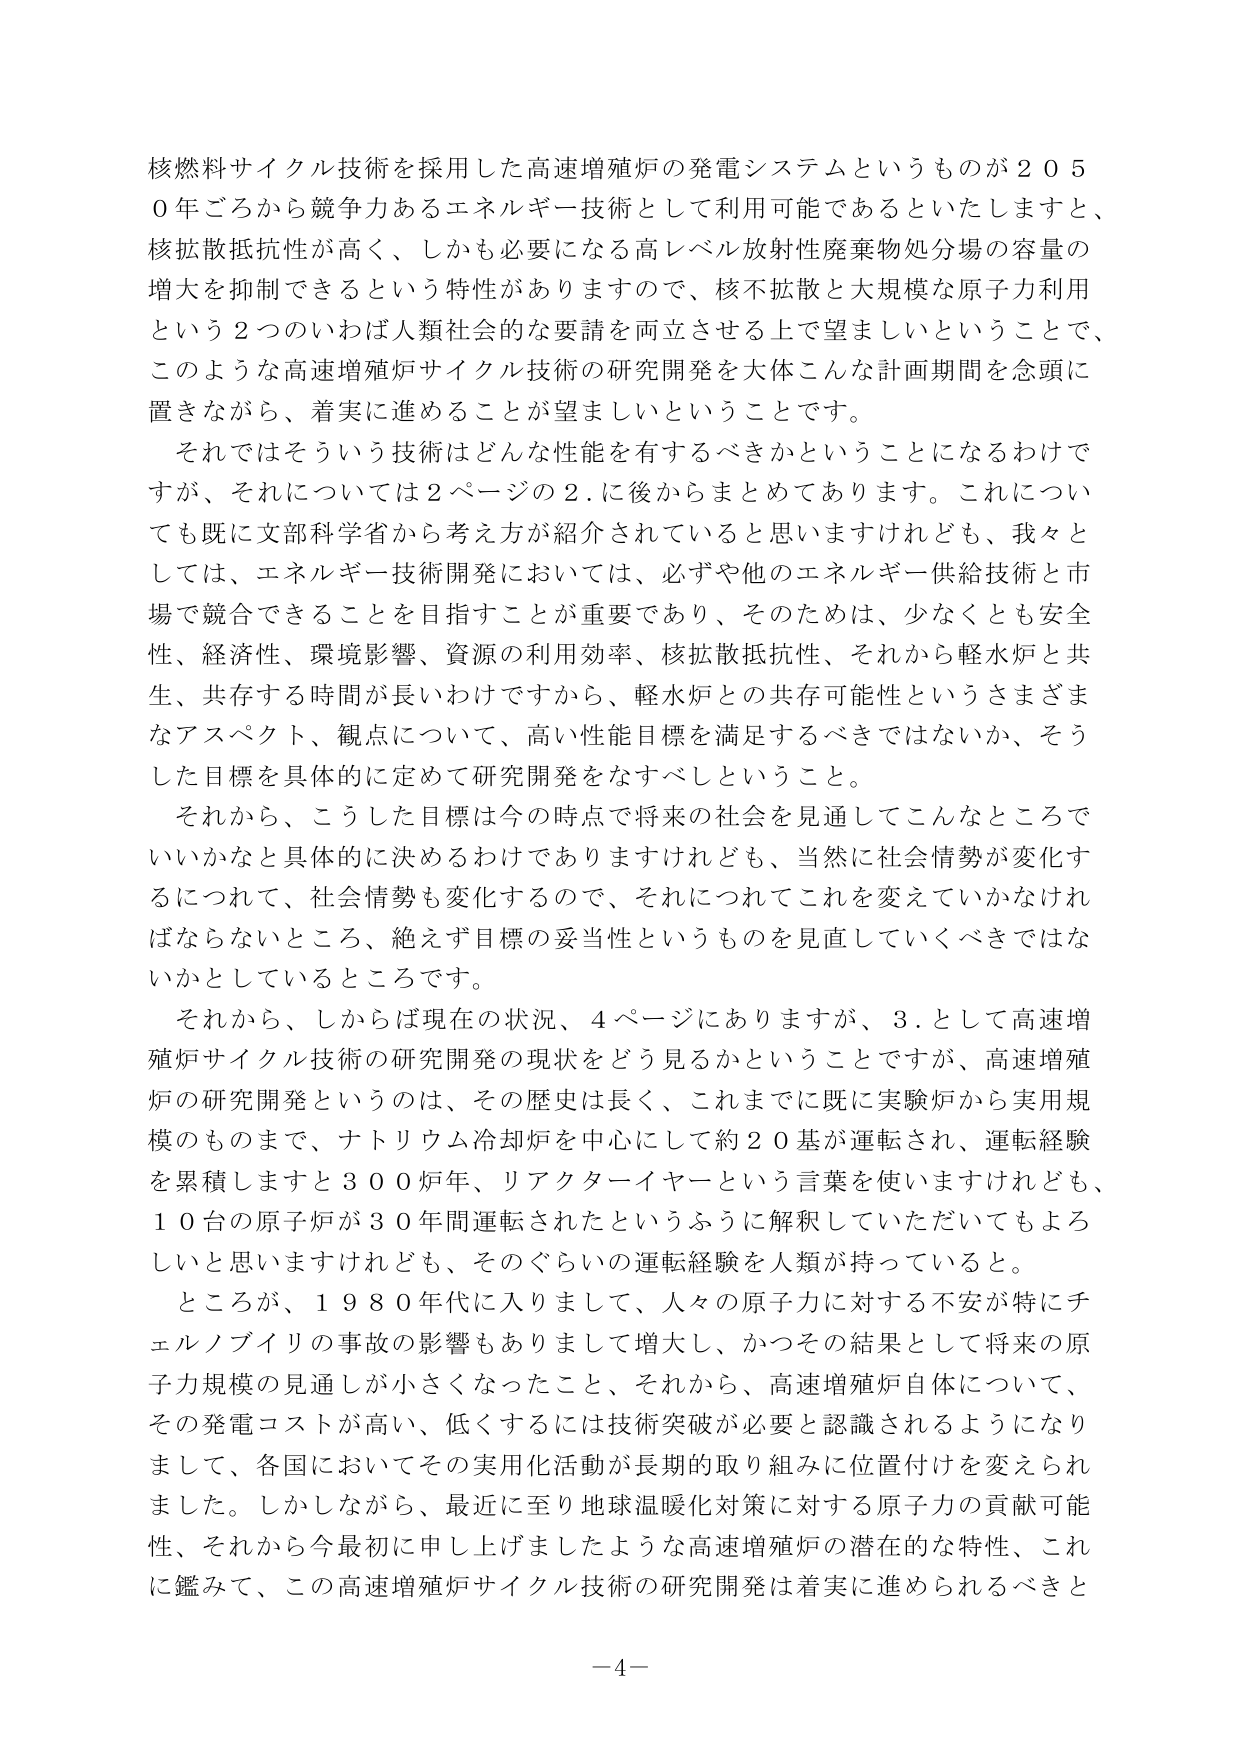
核燃料サイクル技術を採用した高速増殖炉の発電システムというものが２０５０年ごろから競争力あるエネルギー技術として利用可能であるといたしますと、核拡散抵抗性が高く、しかも必要になる高レベル放射性廃棄物処分場の容量の増大を抑制できるという特性がありますので、核不拡散と大規模な原子力利用という２つのいわば人類社会的な要請を両立させる上で望ましいということで、このような高速増殖炉サイクル技術の研究開発を大体こんな計画期間を念頭に置きながら、着実に進めることが望ましいということです。

それではそういう技術はどんな性能を有するべきかということになるわけですが、それについては２ページの２．に後からまとめてあります。これについても既に文部科学省から考え方が紹介されていると思いますけれども、我々としては、エネルギー技術開発においては、必ずや他のエネルギー供給技術と市場で競合できることを目指すことが重要であり、そのためは、少なくとも安全性、経済性、環境影響、資源の利用効率、核拡散抵抗性、それから軽水炉と共生、共存する時間が長いわけですから、軽水炉との共存可能性というさまざまなアスペクト、観点について、高い性能目標を満足するべきではないか、そうした目標を具体的に定めて研究開発をなすべしということ。

それから、こうした目標は今の時点で将来の社会を見通してこんなところでいいかなと具体的に決めるわけではありますけれども、当然に社会情勢が変化するにつれて、社会情勢も変化するので、それについてこれを変えていかなければならないところ、絶えず目標の妥当性というものを見直していくべきではないかとしているところです。

それから、しからば現在の状況、４ページにありますが、３．として高速増殖炉サイクル技術の研究開発の現状をどう見るかということですが、高速増殖炉の研究開発というのは、その歴史は長く、これまでに既に実験炉から実用規模のものまで、ナトリウム冷却炉を中心にとして約２０基が運転され、運転経験を累積しますと３００炉年、リアクターイヤーという言葉を使いますけれども、１０台の原子炉が３０年間運転されたというふうに解釈していただいてもよろしいと思いますけれども、そのぐらいの運転経験を人類が持っていると。

ところが、１９８０年代に入りまして、人々の原子力に対する不安が特にチェルノブイリの事故の影響もありまして増大し、かつその結果として将来の原子力規模の見通しが小さくなったこと、それから、高速増殖炉自体について、その発電コストが高い、低くするには技術突破が必要と認識されるようになりまして、各国においてその実用化活動が長期的取り組みに位置付けを変えられました。しかしながら、最近に至り地球温暖化対策に対する原子力の貢献可能性、それから今最初に申し上げましたような高速増殖炉の潜在的な特性、これに鑑みて、この高速増殖炉サイクル技術の研究開発は着実に進められるべきと

－４－